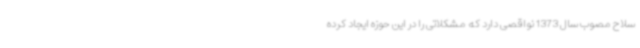
سلاح مصوب سال 1373 نواقصی دارد که مشکلاتی را در این حوزه ایجاد کرده